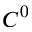
C ^ { 0 }